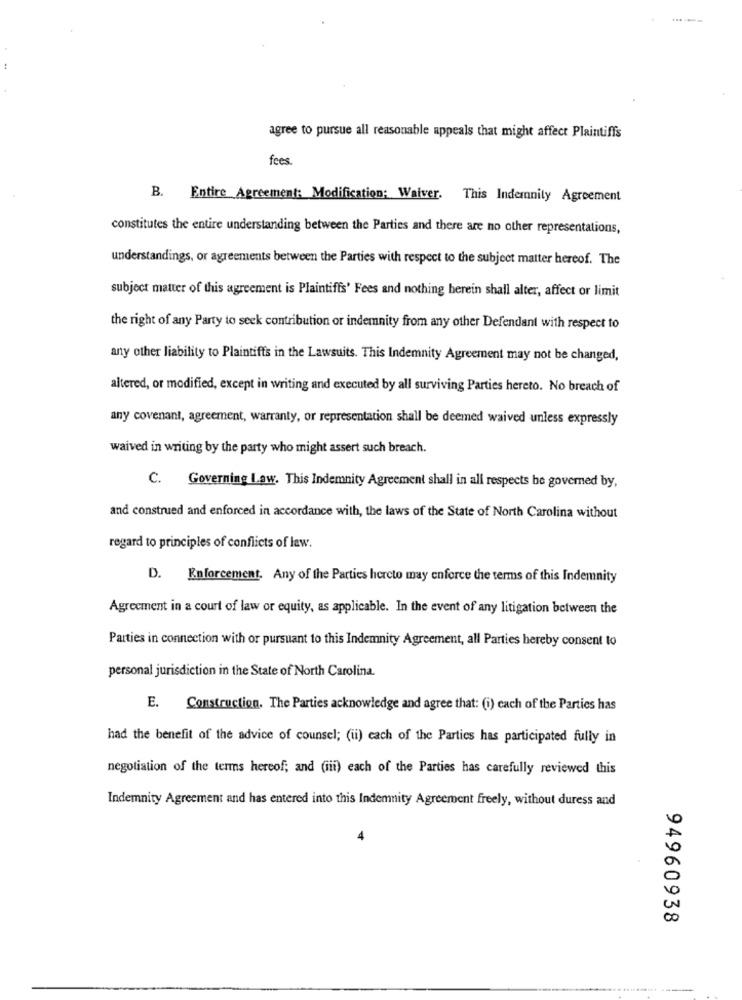
:
agree to pursue all reasonable appeals that might affect Plaintiffs
fees.
B. Entire Agreement: Modification; Waiver. This Indemnity Agreement
constitutes the entire understanding between the Parties and there are no other representations,
understandings, or agreements between the Parties with respect to the subject matter hereof. The
subject matter of this agreement is Plaintiffs' Fees and nothing herein shall alter, affect or limit
the right of any Party to seek contribution or indemnity from any other Defendant with respect to
any other liability to Plaintiffs in the Lawsuits. This Indemnity Agreement may not be changed,
altered, or modified, except in writing and executed by all surviving Parties hereto. No breach of
any covenant, agreement, warranty, or representation shall be deemed waived unless expressly
waived in writing by the party who might assert such breach.
C. Governing Law. This Indemnity Agreement shall in all respects he governed by,
and construed and enforced in accordance with, the laws of the State of North Carolina without
regard to principles of conflicts of law.
D. Enforcement. Any of the Parties hereto may enforce the terms of this Indemnity
Agreement in a court of law or equity, as applicable. In the event of any litigation between the
Parties in connection with or pursuant to this Indemnity Agreement, all Parties hereby consent to
personal jurisdiction in the State of North Carolina.
E. Construction. The Parties acknowledge and agree that: (i) cach of the Parties has
had the benefit of the advice of counsel; (ii) each of the Parties has participated fully in
negotiation of the terms hereof; and (iii) each of the Parties has carefully reviewed this
Indemnity Agreement and has entered into this Indemnity Agreement freely, without duress and
94960938